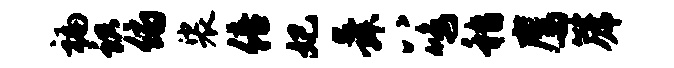
褊识俯裟倍妃舜八鸣嵇鹰篪